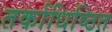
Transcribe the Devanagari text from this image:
तर्काधिष्ठित